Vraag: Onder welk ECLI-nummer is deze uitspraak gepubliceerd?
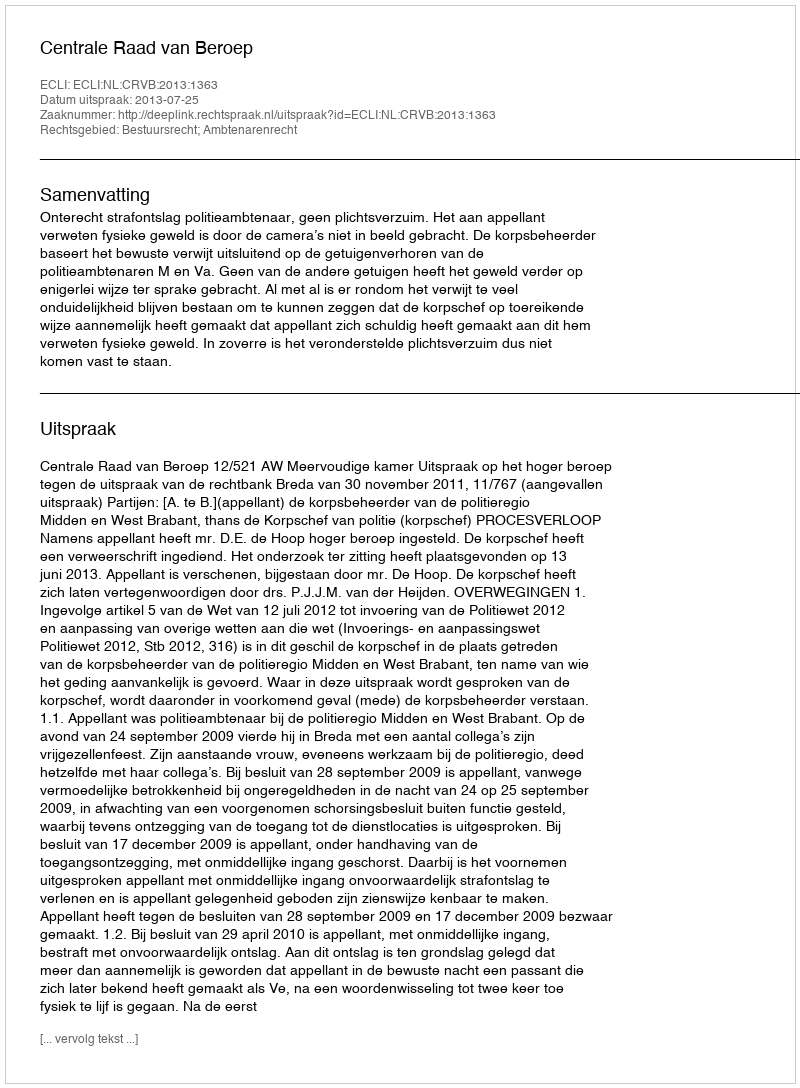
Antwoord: ECLI:NL:CRVB:2013:1363